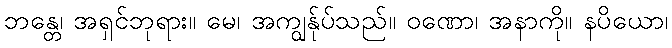
ဘန္တေ၊ အရှင်ဘုရား။ မေ၊ အကျွန်ုပ်သည်။ ဝဏော၊ အနာကို။ နပိယော၊